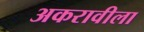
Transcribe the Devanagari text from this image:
अकरावीला